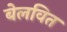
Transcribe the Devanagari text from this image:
बेलवित